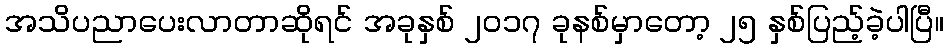
အသိပညာပေးလာတာဆိုရင် အခုနှစ် ၂၀၁၇ ခုနစ်မှာတော့ ၂၅ နှစ်ပြည့်ခဲ့ပါပြီ။